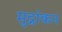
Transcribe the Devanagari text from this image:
मुद्रांकन